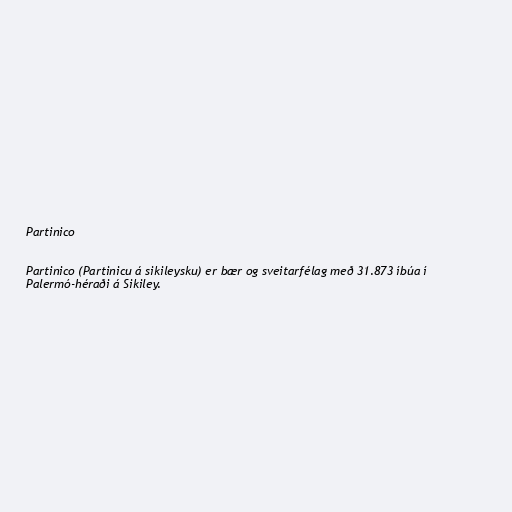
Partinico

Partinico (Partinicu á sikileysku) er bær og sveitarfélag með 31.873 íbúa í
Palermó-héraði á Sikiley.